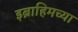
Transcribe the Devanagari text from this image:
इब्राहिमच्या